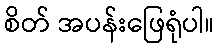
စိတ် အပန်းဖြေရုံပါ။